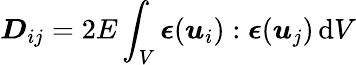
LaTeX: \boldsymbol{D}_{ij}=2E\int_{V}\boldsymbol{\epsilon}(\boldsymbol{\mathit{u}}_{i}):\boldsymbol{\epsilon}(\boldsymbol{\mathit{u}}_{j})\, \mathrm{{d}}V